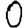
Digit: 0